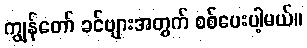
ကျွန်တော် ခင်ဗျားအတွက် စစ်ပေးပါ့မယ်။